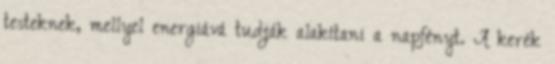
testeknek, mellyel energiává tudják alakítani a napfényt. A kerék